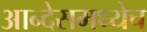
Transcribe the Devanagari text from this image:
आन्देसमध्येच